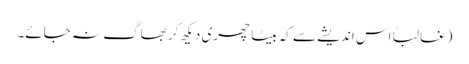
(غالباً اس اندیشے سے کہ بیٹا چھری دیکھ کر بھاگ نہ جائے۔